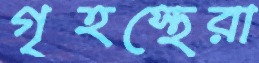
গৃহস্থেরা